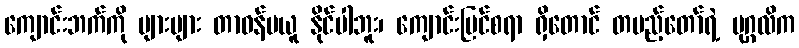
ကျောင်းဘက်ကို များများ တာဝန်မယူ နိုင်ပါဘူး၊ ကျောင်းပြင်စရာ ရှိတောင် တပည့်တော်ရဲ့ ပုဂ္ဂလိက